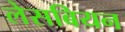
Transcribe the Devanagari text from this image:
लेसबियन